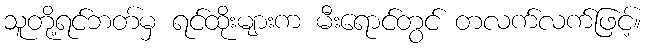
သူတို့ရင်ဘတ်မှ ရင်ထိုးများက မီးရောင်တွင် တလက်လက်ဖြင့်။